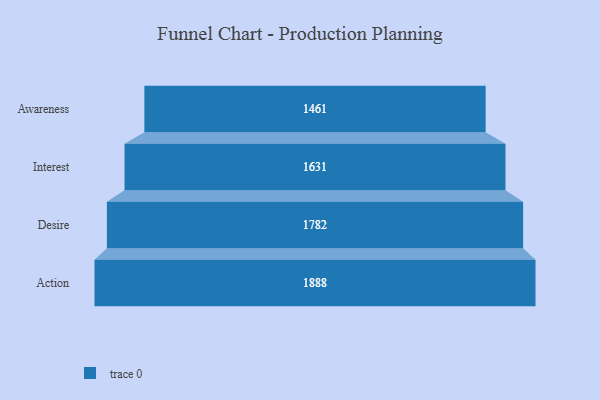
{"axis": {"x": "Stage", "y": "Value"}, "legend": [""], "data": [{"x": "Awareness", "y": 1461.0, "type": ""}, {"x": "Interest", "y": 1631.0, "type": ""}, {"x": "Desire", "y": 1782.0, "type": ""}, {"x": "Action", "y": 1888.0, "type": ""}]}